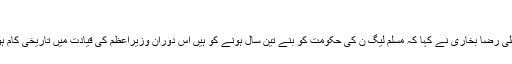
’
پیرسید علی رضا بخاری نے کہا کہ مسلم لیگ ن کی حکومت کو بنے تین سال ہونے کو ہیں اس دوران وزیراعظم کی قیادت میں تاریخی کام ہوئے ہیں۔